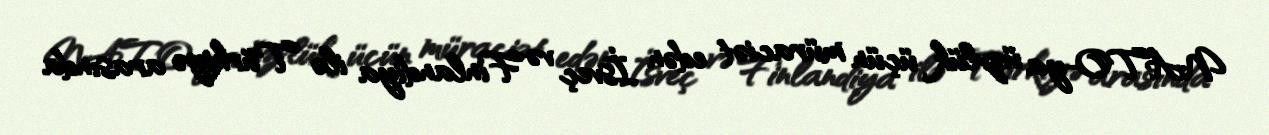
NATO-ya üzvlük üçün müraciət edən İsveç və Finlandiya ilə Türkiyə arasında